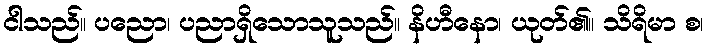
ငါသည်။ ပညော၊ ပညာရှိသောသူသည်။ နိဟီနော၊ ယုတ်၏။ သိရိမာ စ၊